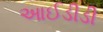
આઈડીડી